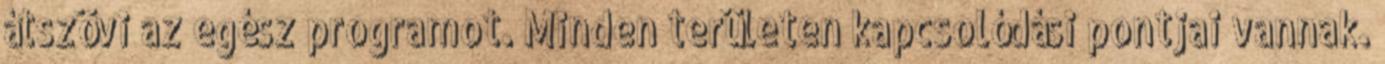
átszövi az egész programot. Minden területen kapcsolódási pontjai vannak.